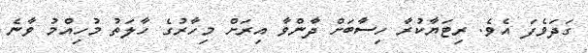
ގަދަވެފަ އެވެ. ރިޓަޔާކުރާ ހިސާބަށް ދާންވާ އިރަށް މިހާރުގެ ހާލަތު މުހިއްމު ވާނެ